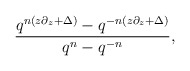
\begin{align*}{q^{n(z\partial_z+\Delta)}-q^{-n(z\partial_z+\Delta) } \over {q^{n}-q^{-n}}} ,\end{align*}